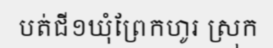
បត់ជី១ឃុំព្រែកហូរ ស្រុក